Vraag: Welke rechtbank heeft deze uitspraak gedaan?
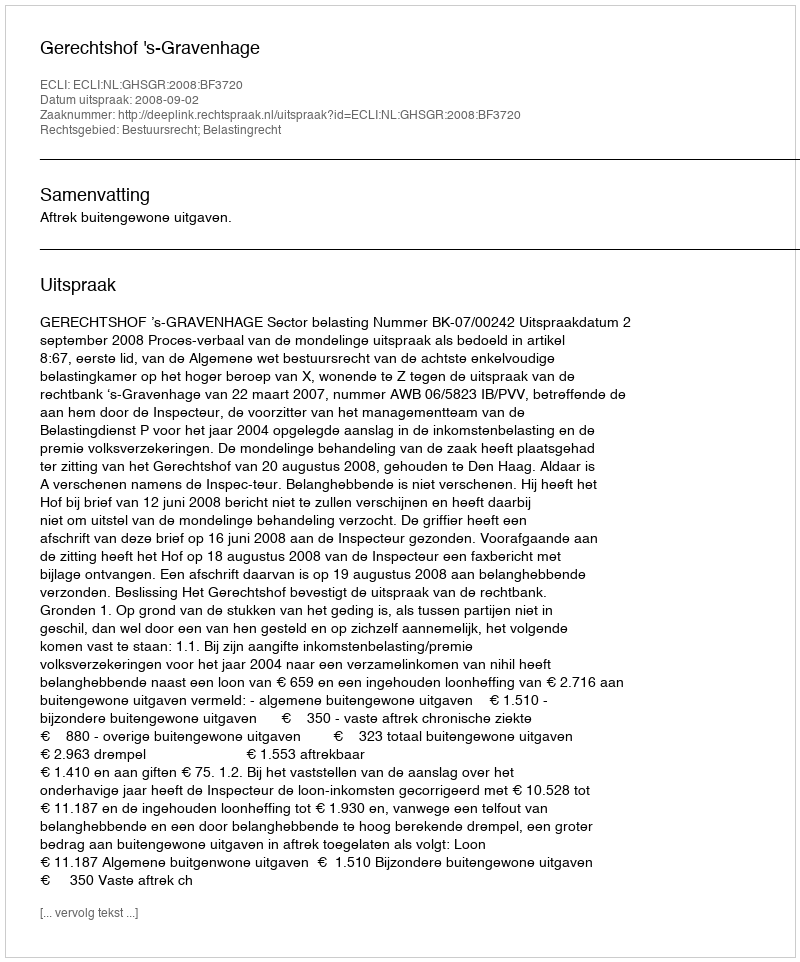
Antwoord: Gerechtshof 's-Gravenhage